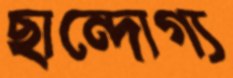
ছান্দোগ্য